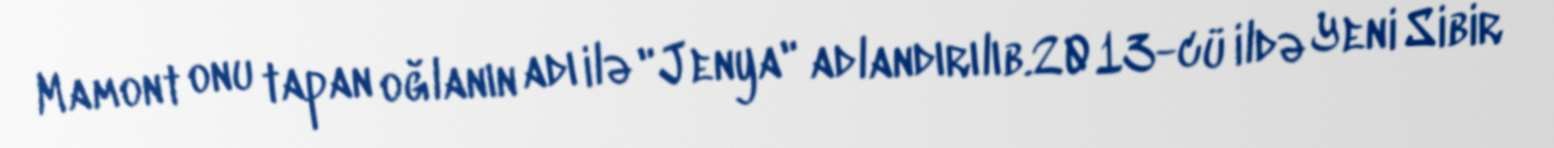
Mamont onu tapan oğlanın adı ilə "Jenya" adlandırılıb.2013-cü ildə Yeni Sibir